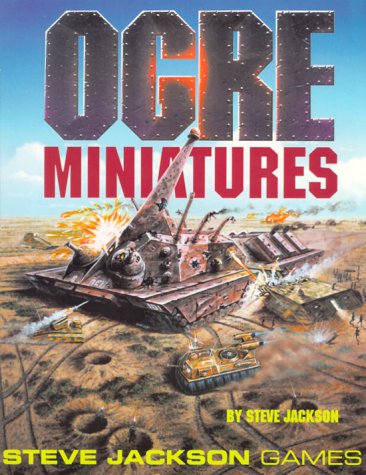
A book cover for Ogre Miniatures; Steve Jackson; Science Fiction & Fantasy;